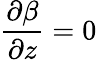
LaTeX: \displaystyle\frac{\partial\beta}{\partial z}=0